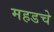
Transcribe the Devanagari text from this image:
महडचे